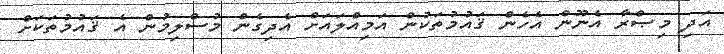
އަދި މިޞްރާ އެނޫން އެހެން ޤައުމުތަކުން އަމިއްލައަށް އެދިގެން މުސްލިމުން އެ ޤައުމުތަކަށް